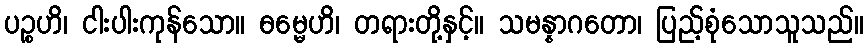
ပဉ္စဟိ၊ ငါးပါးကုန်သော။ ဓမ္မေဟိ၊ တရားတို့နှင့်။ သမန္နာဂတော၊ ပြည့်စုံသောသူသည်။